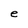
Character: e